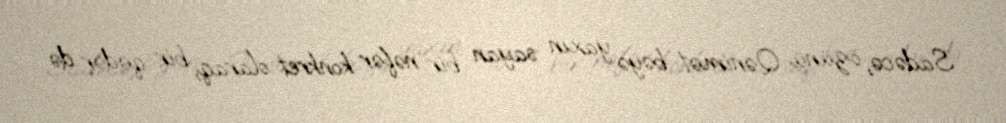
Sadəcə, özünü Qənimət bəyə yaxın sayan bir nəfər konkret olaraq, bir qədər də